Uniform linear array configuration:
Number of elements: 64
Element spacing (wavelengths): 0.75
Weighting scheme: kaiser
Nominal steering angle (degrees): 45
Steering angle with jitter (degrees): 43.854
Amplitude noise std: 0.05
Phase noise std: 0.05

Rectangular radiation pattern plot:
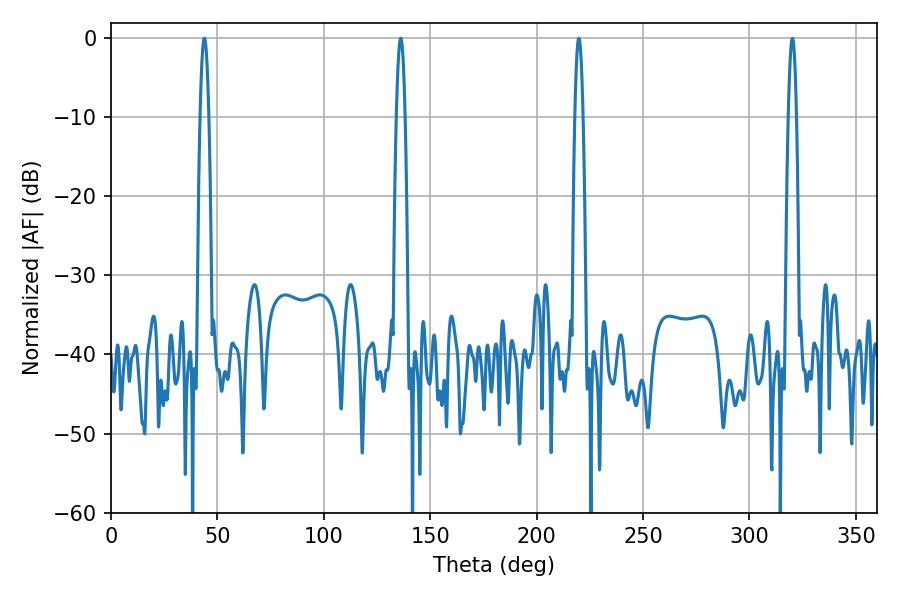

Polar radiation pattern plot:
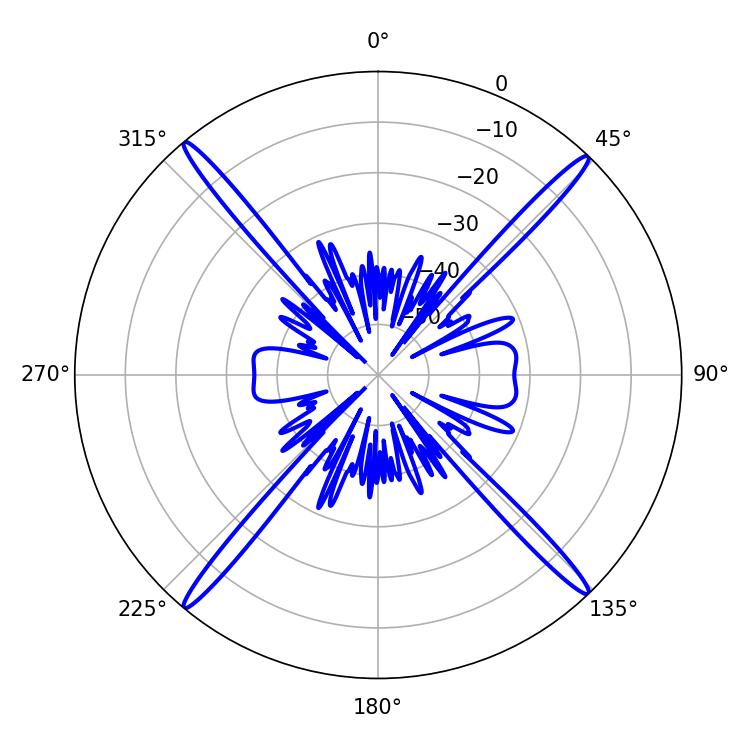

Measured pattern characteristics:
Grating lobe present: TRUE
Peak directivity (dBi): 23.902
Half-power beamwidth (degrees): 1.98
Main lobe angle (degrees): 219.78